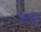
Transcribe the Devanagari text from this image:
उदता